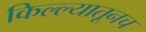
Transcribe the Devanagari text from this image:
किल्ल्यातूनच